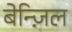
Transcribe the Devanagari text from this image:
बेन्ज़िल